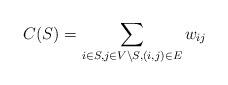
LaTeX: \begin{align*} C(S) = \sum_{i \in S, j \in V \setminus S, (i,j) \in E} w_{ij}\end{align*}